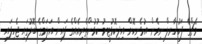
މެޗްގެ ފަހުހާރލް ނިމެން އުޅެނިކޮށް އިދިކޮޅުޓީމު ކުޅުންތެރިއެއްގެ ފައިން އަލަމްގެ ބޮލުގައި ޖެހިފައި